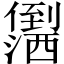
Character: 𪝻